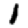
Digit: 1